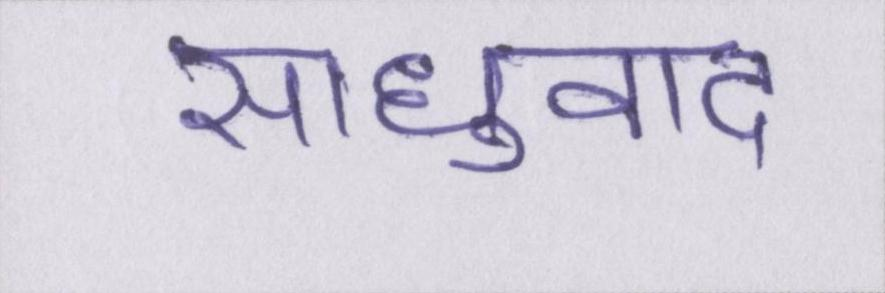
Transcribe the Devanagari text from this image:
साधुवाद